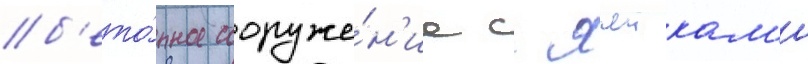
б'ето́нное сооруже́н'ие с ячеикам'и